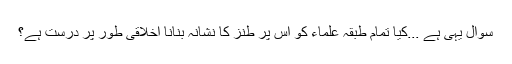
سوال یہی ہے ...کیا تمام طبقہ علماء کو اس پر طنز کا نشانہ بنانا اخلاقی طور پر درست ہے؟